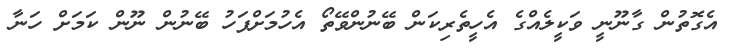
އެގޮތުން ގާނޫނީ ވަކީލެއްގެ އެހީތެރިކަން ބޭނުންވޭތޯ އެހުމަށްފަހު ބޭނުން ނޫން ކަމަށް ހަނާ